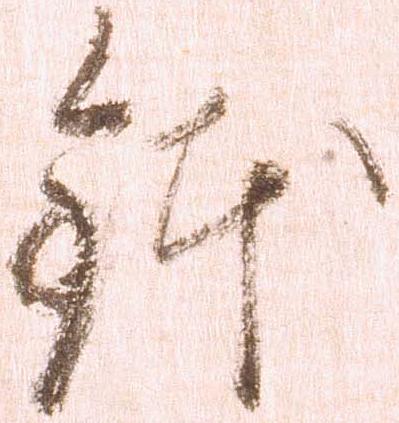
鉢